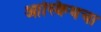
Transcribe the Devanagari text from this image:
आस्क्विथचा